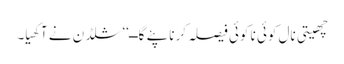
چھیتی نال کوئی نا کوئی فیصلہ کرنا پئے گا ــ‘‘ شلڈن نے آکھیا۔